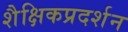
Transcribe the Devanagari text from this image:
शैक्षिकप्रदर्शन